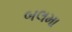
બલમા